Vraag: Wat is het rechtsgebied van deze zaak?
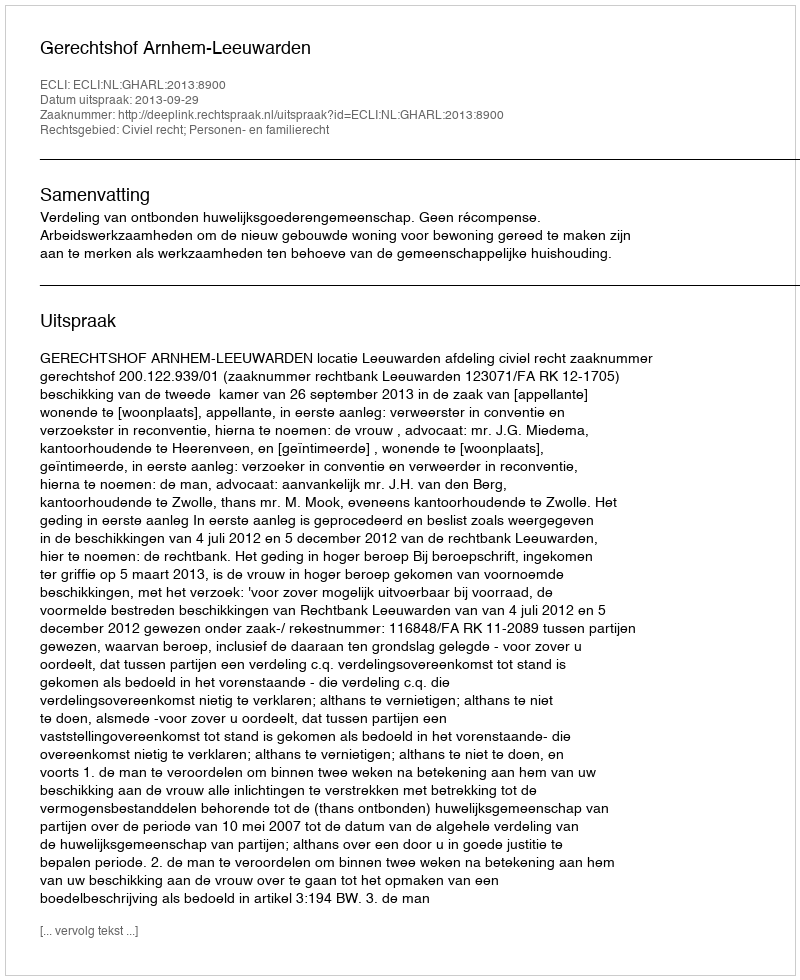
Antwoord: Civiel recht; Personen- en familierecht